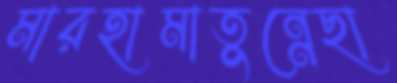
মারহামাতুন্নেছা